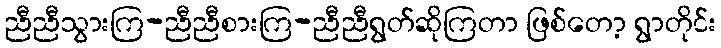
ညီညီသွားကြ-ညီညီစားကြ-ညီညီရွတ်ဆိုကြတာ ဖြစ်တော့ ရွာတိုင်း